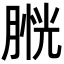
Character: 𦞔